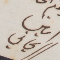
امين الريحاني